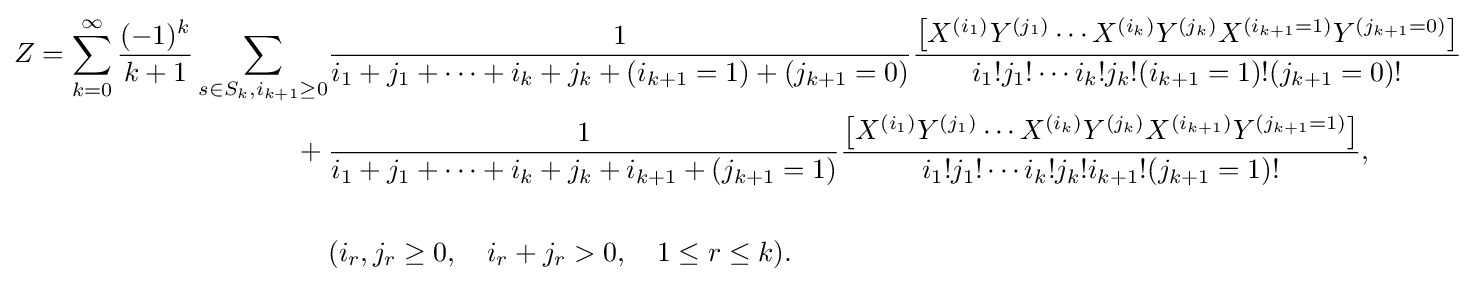
{\begin{aligned}Z=\sum _{k=0}^{\infty }{\frac {(-1)^{k}}{k+1}}\sum _{s\in S_{k},i_{k+1}\geq 0}&{\frac {1}{i_{1}+j_{1}+\cdots +i_{k}+j_{k}+(i_{k+1}=1)+(j_{k+1}=0)}}{\frac {\left[X^{(i_{1})}Y^{(j_{1})}\cdots X^{(i_{k})}Y^{(j_{k})}X^{(i_{k+1}=1)}Y^{(j_{k+1}=0)}\right]}{i_{1}!j_{1}!\cdots i_{k}!j_{k}!(i_{k+1}=1)!(j_{k+1}=0)!}}\\{}+{}&{\frac {1}{i_{1}+j_{1}+\cdots +i_{k}+j_{k}+i_{k+1}+(j_{k+1}=1)}}{\frac {\left[X^{(i_{1})}Y^{(j_{1})}\cdots X^{(i_{k})}Y^{(j_{k})}X^{(i_{k+1})}Y^{(j_{k+1}=1)}\right]}{i_{1}!j_{1}!\cdots i_{k}!j_{k}!i_{k+1}!(j_{k+1}=1)!}},\\\\&(i_{r},j_{r}\geq 0,\quad i_{r}+j_{r}>0,\quad 1\leq r\leq k).\end{aligned}}